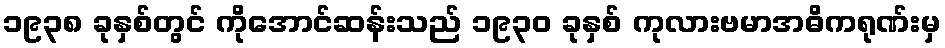
၁၉၃၈ ခုနှစ်တွင် ကိုအောင်ဆန်းသည် ၁၉၃၀ ခုနှစ် ကုလားဗမာအဓိကရုဏ်းမှ